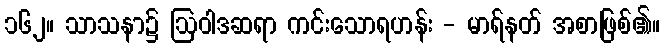
၁၆၂။ သာသနာ၌ ဩဝါဒဆရာ ကင်းသောရဟန်း - မာရ်နတ် အစာဖြစ်၏။